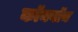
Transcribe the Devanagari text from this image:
कॉनवॉय